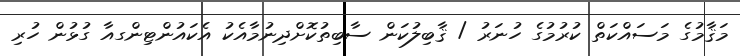
މަޤާމުގެ މަސައްކަތް ކުރުމުގެ ހުނަރު / ޤާބިލުކަން ސާބިތުކޮށްދިނުމާއެކު އެކައުންޓިންގއާ ގުޅުން ހުރި